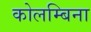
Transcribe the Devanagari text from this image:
कोलम्बिना